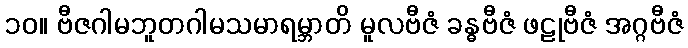
၁၀။ ဗီဇဂါမဘူတဂါမသမာရမ္ဘာတိ မူလဗီဇံ ခန္ဓဗီဇံ ဖဠုဗီဇံ အဂ္ဂဗီဇံ